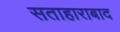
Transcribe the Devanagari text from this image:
सताहाराबाद